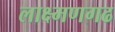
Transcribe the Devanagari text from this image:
लाक्ष्मणगढ